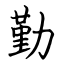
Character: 勤